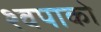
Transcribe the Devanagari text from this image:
श्वपाको